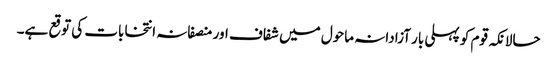
حالانکہ قوم کو پہلی بار آزادانہ ماحول میں شفاف اور منصفانہ انتخابات کی توقع ہے۔